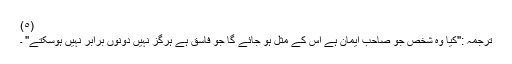
(٥)
ترجمہ :''کیا وہ شخص جو صاحب ایمان ہے اس کے مثل ہو جائے گا جو فاسق ہے ہرگز نہیں دونوں برابر نہیں ہوسکتے'' ۔